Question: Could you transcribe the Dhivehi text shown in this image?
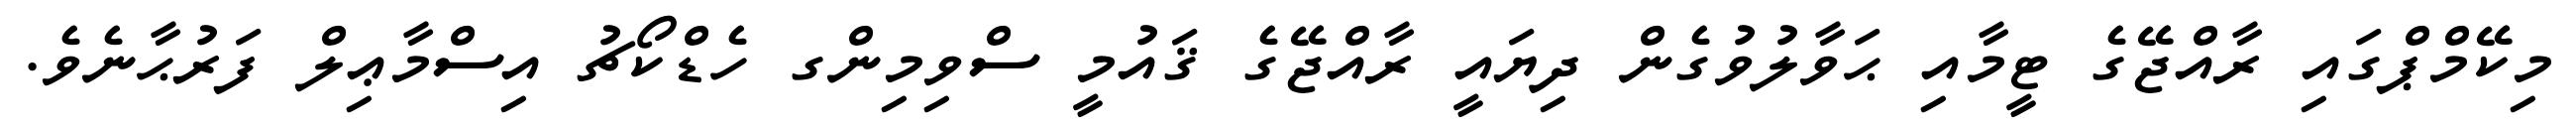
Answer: މިކޭމްޕްގައި ރާއްޖޭގެ ޓީމާއި ޙަވާލުވުގެން ދިޔައީ ރާއްޖޭގެ ޤައުމީ ސްވިމިންގ ހެޑްކޯޗު އިސްމާޢިލް ފަރުޙާނެވެ.